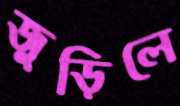
জুড়িলে